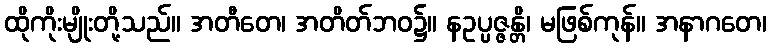
ထိုကိုးမျိုးတို့သည်။ အတီတေ၊ အတိတ်ဘဝ၌။ နဥပ္ပဇ္ဇန္တိ၊ မဖြစ်ကုန်။ အနာဂတေ၊